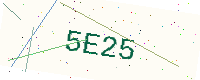
Text: 5E25